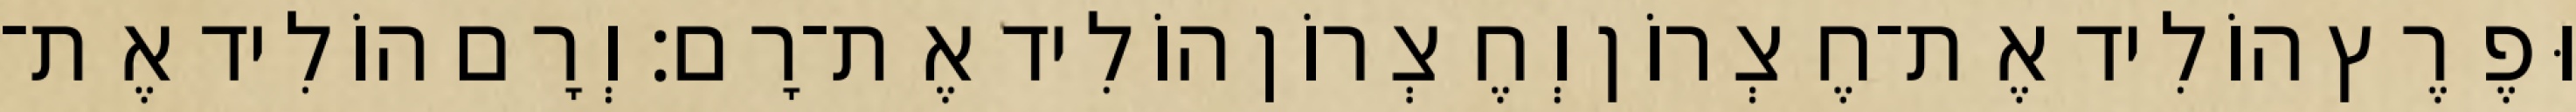
וּפֶרֶץ הוֹלִיד אֶת־חֶצְרוֹן וְחֶצְרוֹן הוֹלִיד אֶת־רָם׃ וְרָם הוֹלִיד אֶת־